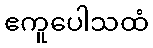
ဧကူပေါသထံ